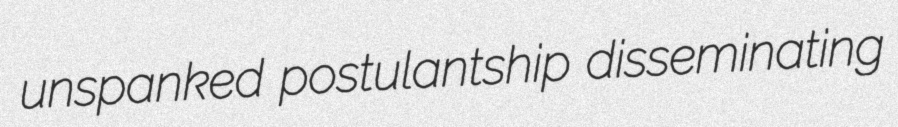
unspanked postulantship disseminating